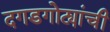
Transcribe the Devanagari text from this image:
दगडगोट्यांची